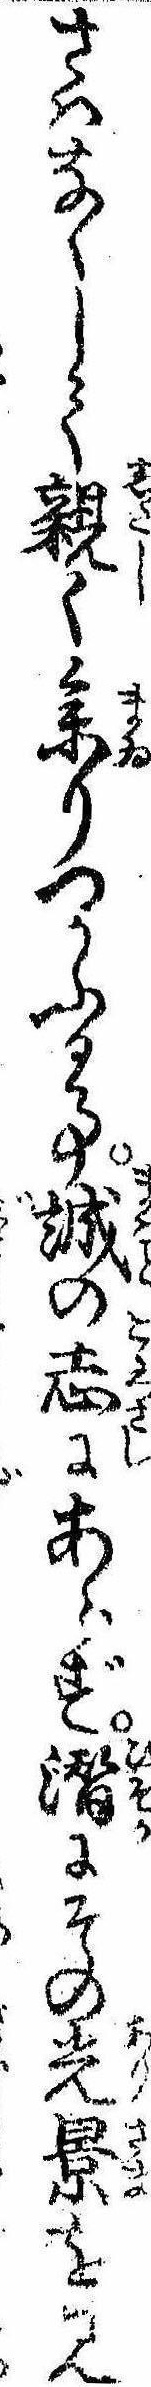
さはなくして親く参りつかふる事誠の志にあらず潜にその光景を見